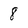
Character: 8